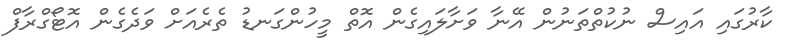
ކާރުގައި އައިސް ނުކުތްތަނުން އޭނާ ވަށާލައިގެން އޮތް މީހުންގަނޑު ތެރެއަށް ވަދެގެން އޮޓޯގްރާފް